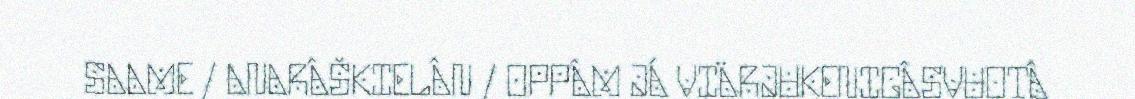
SAAME / ANARÂŠKIELÂN / OPPÂM JÁ VIÄRJUKENIGÂSVUOTÂ